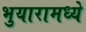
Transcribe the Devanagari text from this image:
भुयारामध्ये